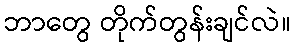
ဘာတွေ တိုက်တွန်းချင်လဲ။